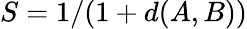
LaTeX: S=1/(1+d(A,B))